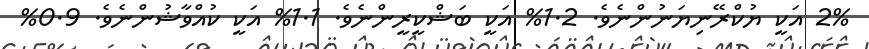
2% އަކީ ޔުކްރޭނިޔަނުންނެވެ. 1.2% އަކީ ބަޝްކީރީންނެވެ. 1.1% އަކީ ކުއްވާޝުންނެވެ. 0.9%